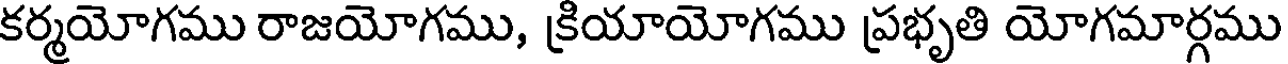
కర్మయోగము రాజయోగము, క్రియాయోగము ప్రభృతి యోగమార్గము